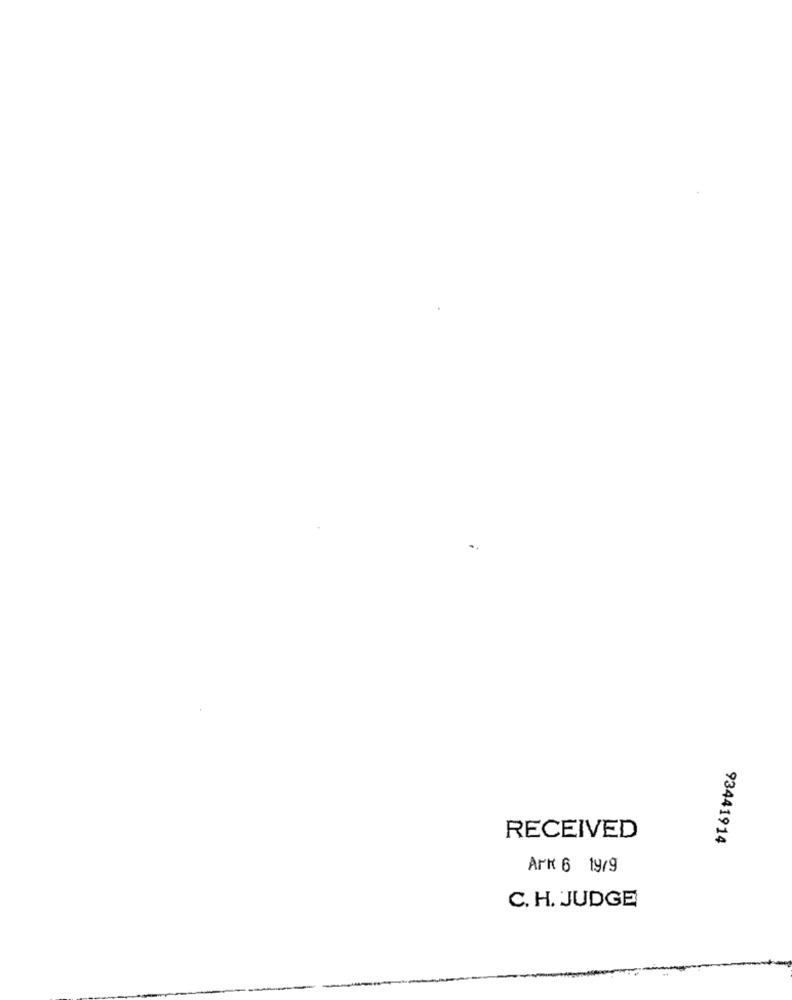
RECEIVED
93441914
APK 6 19/9
C. H. JUDGE